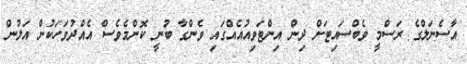
އާސެނަލްގެ ރަސްމީ ވެބްސައިޓަށް ދިން އިންޓަވިއުއެއްގައި ވެންގާ ބުނީ ކޮންމެވެސް އެއްދުވަހަކުން އަލުން